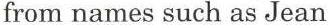
from names such as Jean